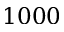
1 0 0 0